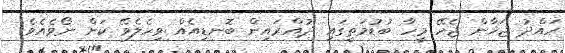
ހައްދު ޖަހާން ޖެހޭ މީހާ ބުޑުމަތީގައި ދުއްރައިން ބޮނޑިއެއް ވިހެލެވޭ ކަށް ނޯވެއެވެ.